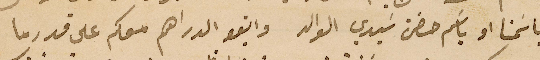
باسَمنا او باسَم حضرة سَيدي الوالد وابقو الدراهم معكم على قدر ما